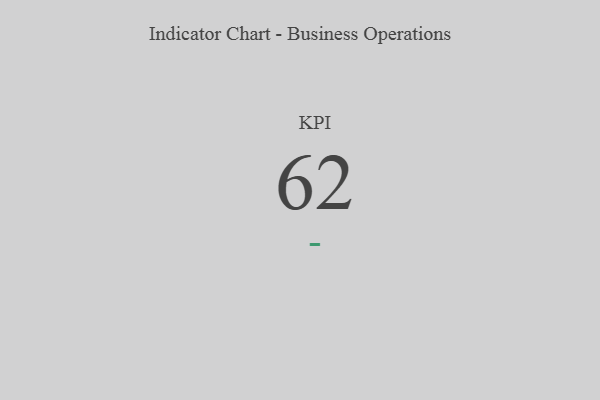
{"axis": {"x": "KPI", "y": "Value"}, "legend": [""], "data": [{"x": "KPI", "y": 62, "type": ""}]}